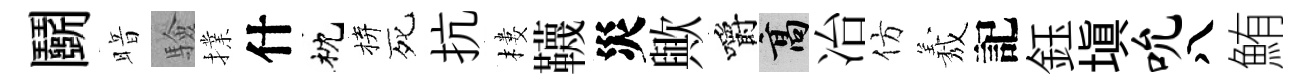
鬬暗驗擈什枕拚死抗樓韈災歟嚼高冶仿𦏁記鈺塡吮八鮪